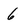
Character: 6